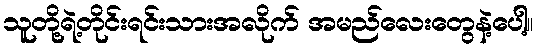
သူတို့ရဲ့တိုင်းရင်းသားအလိုက် အမည်လေးတွေနဲ့ပေါ့။